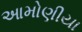
આમોણીયા